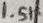
Text: 1.5K